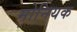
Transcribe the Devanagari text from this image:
मोनियक